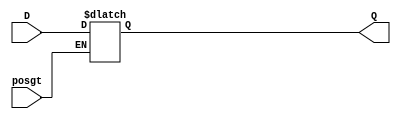
`timescale 1ns / 1ps

// Design Name: EXAMPLE (6) --->>            Write Verilog code for a latch with a positive gate.
// Level Sensitive
// NOT Presence of Clock
module Example6(Q, D, posgt);
output Q;
input D, posgt;
reg Q;
always@(D or posgt)
begin
if(posgt)
Q <= D;
end
endmodule